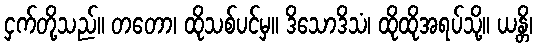
ငှက်တို့သည်။ တတော၊ ထိုသစ်ပင်မှ။ ဒိသောဒိသံ၊ ထိုထိုအရပ်သို့။ ယန္တိ၊